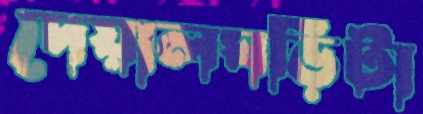
দেয়ালঘড়িটা